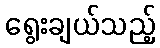
ရွေးချယ်သည့်